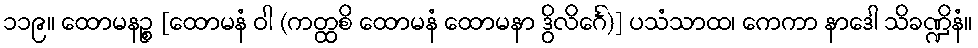
၁၁၉။ ထောမနဉ္စ [ထောမနံ ဝါ (ကတ္ထစိ ထောမနံ ထောမနာ ဒွိလိင်္ဂေ)] ပသံသာထ၊ ကေကာ နာဒေါ သိခဏ္ဍိနံ။